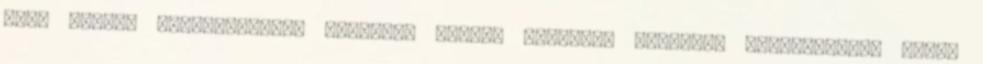
Első mérési kísérletemben ötvenkét lépést olvastam elesésem időpontjáig; akkor